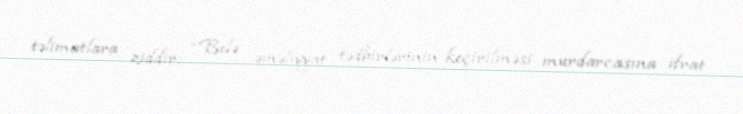
təlimatlara ziddir: “Belə əməliyyat tədbirlərinin keçirilməsi murdarcasına ifrat